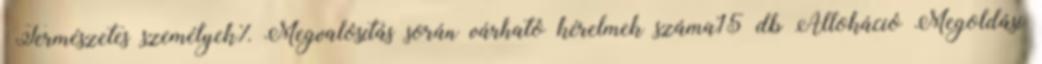
▪Természetes személyek%▪Megvalósítás során várható kérelmek száma15 db Allokáció Megoldási